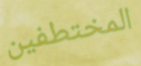
المختطفين